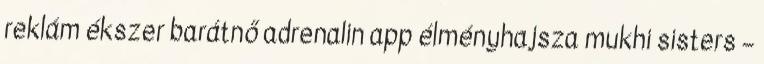
reklám ékszer barátnő adrenalin app élményhajsza mukhi sisters –